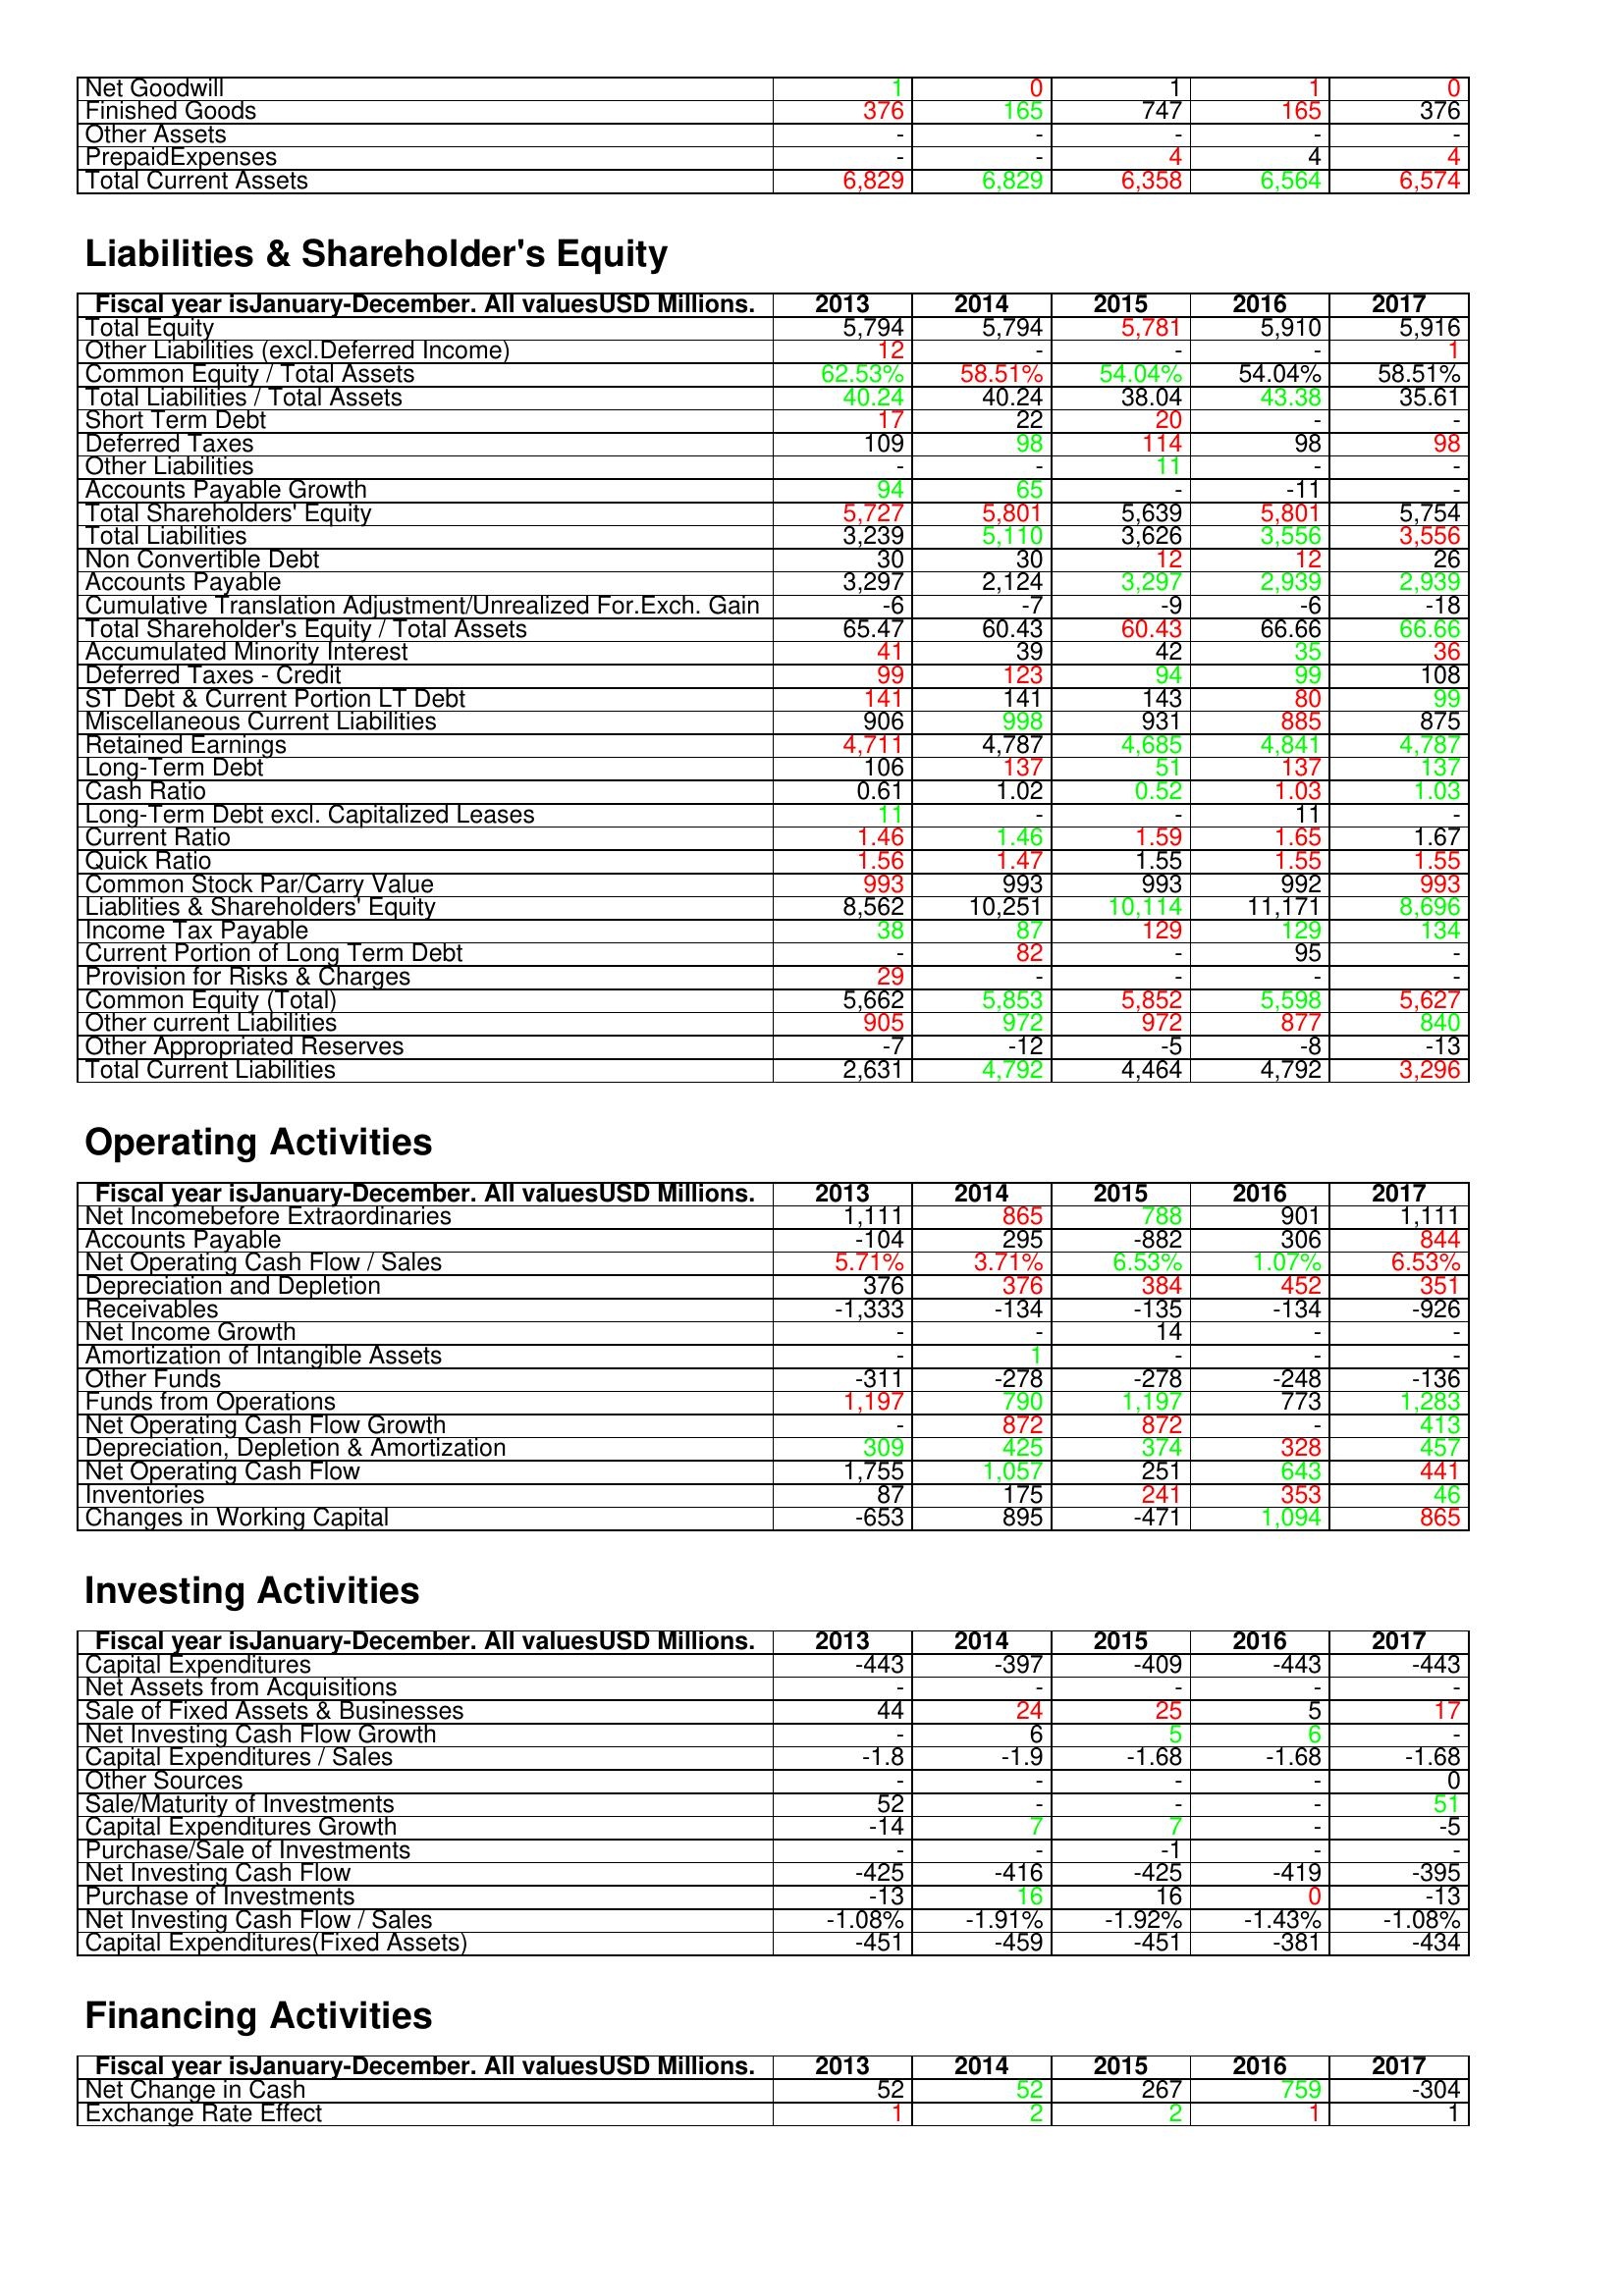
gt_parse: 2013: Assets: Net Goodwill: 1
Finished Goods: 376
Other Assets: -
PrepaidExpenses: -
Total Current Assets: 6,829
Liabilities & Shareholder's Equity: Total Equity: 5,794
Other Liabilities (excl.Deferred Income): 12
Common Equity / Total Assets: 62.53%
Total Liabilities / Total Assets: 40.24
Short Term Debt: 17
Deferred Taxes: 109
Other Liabilities: -
Accounts Payable Growth: 94
Total Shareholders' Equity: 5,727
Total Liabilities: 3,239
Non Convertible Debt: 30
Accounts Payable: 3,297
Cumulative Translation Adjustment/Unrealized For.Exch. Gain: -6
Total Shareholder's Equity / Total Assets: 65.47
Accumulated Minority Interest: 41
Deferred Taxes - Credit: 99
ST Debt & Current Portion LT Debt: 141
Miscellaneous Current Liabilities: 906
Retained Earnings: 4,711
Long-Term Debt: 106
Cash Ratio: 0.61
Long-Term Debt excl. Capitalized Leases: 11
Current Ratio: 1.46
Quick Ratio: 1.56
Common Stock Par/Carry Value: 993
Liablities & Shareholders' Equity: 8,562
Income Tax Payable: 38
Current Portion of Long Term Debt: -
Provision for Risks & Charges: 29
Common Equity (Total): 5,662
Other current Liabilities: 905
Other Appropriated Reserves: -7
Total Current Liabilities: 2,631
Operating Activities: Net Incomebefore Extraordinaries: 1,111
Accounts Payable: -104
Net Operating Cash Flow / Sales: 5.71%
Depreciation and Depletion: 376
Receivables: -1,333
Net Income Growth: -
Amortization of Intangible Assets: -
Other Funds: -311
Funds from Operations: 1,197
Net Operating Cash Flow Growth: -
Depreciation, Depletion & Amortization: 309
Net Operating Cash Flow: 1,755
Inventories: 87
Changes in Working Capital: -653
Investing Activities: Capital Expenditures: -443
Net Assets from Acquisitions: -
Sale of Fixed Assets & Businesses: 44
Net Investing Cash Flow Growth: -
Capital Expenditures / Sales: -1.8
Other Sources: -
Sale/Maturity of Investments: 52
Capital Expenditures Growth: -14
Purchase/Sale of Investments: -
Net Investing Cash Flow: -425
Purchase of Investments: -13
Net Investing Cash Flow / Sales: -1.08%
Capital Expenditures(Fixed Assets): -451
Financing Activities: Net Change in Cash: 52
Exchange Rate Effect: 1
2014: Assets: Net Goodwill: 0
Finished Goods: 165
Other Assets: -
PrepaidExpenses: -
Total Current Assets: 6,829
Liabilities & Shareholder's Equity: Total Equity: 5,794
Other Liabilities (excl.Deferred Income): -
Common Equity / Total Assets: 58.51%
Total Liabilities / Total Assets: 40.24
Short Term Debt: 22
Deferred Taxes: 98
Other Liabilities: -
Accounts Payable Growth: 65
Total Shareholders' Equity: 5,801
Total Liabilities: 5,110
Non Convertible Debt: 30
Accounts Payable: 2,124
Cumulative Translation Adjustment/Unrealized For.Exch. Gain: -7
Total Shareholder's Equity / Total Assets: 60.43
Accumulated Minority Interest: 39
Deferred Taxes - Credit: 123
ST Debt & Current Portion LT Debt: 141
Miscellaneous Current Liabilities: 998
Retained Earnings: 4,787
Long-Term Debt: 137
Cash Ratio: 1.02
Long-Term Debt excl. Capitalized Leases: -
Current Ratio: 1.46
Quick Ratio: 1.47
Common Stock Par/Carry Value: 993
Liablities & Shareholders' Equity: 10,251
Income Tax Payable: 87
Current Portion of Long Term Debt: 82
Provision for Risks & Charges: -
Common Equity (Total): 5,853
Other current Liabilities: 972
Other Appropriated Reserves: -12
Total Current Liabilities: 4,792
Operating Activities: Net Incomebefore Extraordinaries: 865
Accounts Payable: 295
Net Operating Cash Flow / Sales: 3.71%
Depreciation and Depletion: 376
Receivables: -134
Net Income Growth: -
Amortization of Intangible Assets: 1
Other Funds: -278
Funds from Operations: 790
Net Operating Cash Flow Growth: 872
Depreciation, Depletion & Amortization: 425
Net Operating Cash Flow: 1,057
Inventories: 175
Changes in Working Capital: 895
Investing Activities: Capital Expenditures: -397
Net Assets from Acquisitions: -
Sale of Fixed Assets & Businesses: 24
Net Investing Cash Flow Growth: 6
Capital Expenditures / Sales: -1.9
Other Sources: -
Sale/Maturity of Investments: -
Capital Expenditures Growth: 7
Purchase/Sale of Investments: -
Net Investing Cash Flow: -416
Purchase of Investments: 16
Net Investing Cash Flow / Sales: -1.91%
Capital Expenditures(Fixed Assets): -459
Financing Activities: Net Change in Cash: 52
Exchange Rate Effect: 2
2015: Assets: Net Goodwill: 1
Finished Goods: 747
Other Assets: -
PrepaidExpenses: 4
Total Current Assets: 6,358
Liabilities & Shareholder's Equity: Total Equity: 5,781
Other Liabilities (excl.Deferred Income): -
Common Equity / Total Assets: 54.04%
Total Liabilities / Total Assets: 38.04
Short Term Debt: 20
Deferred Taxes: 114
Other Liabilities: 11
Accounts Payable Growth: -
Total Shareholders' Equity: 5,639
Total Liabilities: 3,626
Non Convertible Debt: 12
Accounts Payable: 3,297
Cumulative Translation Adjustment/Unrealized For.Exch. Gain: -9
Total Shareholder's Equity / Total Assets: 60.43
Accumulated Minority Interest: 42
Deferred Taxes - Credit: 94
ST Debt & Current Portion LT Debt: 143
Miscellaneous Current Liabilities: 931
Retained Earnings: 4,685
Long-Term Debt: 51
Cash Ratio: 0.52
Long-Term Debt excl. Capitalized Leases: -
Current Ratio: 1.59
Quick Ratio: 1.55
Common Stock Par/Carry Value: 993
Liablities & Shareholders' Equity: 10,114
Income Tax Payable: 129
Current Portion of Long Term Debt: -
Provision for Risks & Charges: -
Common Equity (Total): 5,852
Other current Liabilities: 972
Other Appropriated Reserves: -5
Total Current Liabilities: 4,464
Operating Activities: Net Incomebefore Extraordinaries: 788
Accounts Payable: -882
Net Operating Cash Flow / Sales: 6.53%
Depreciation and Depletion: 384
Receivables: -135
Net Income Growth: 14
Amortization of Intangible Assets: -
Other Funds: -278
Funds from Operations: 1,197
Net Operating Cash Flow Growth: 872
Depreciation, Depletion & Amortization: 374
Net Operating Cash Flow: 251
Inventories: 241
Changes in Working Capital: -471
Investing Activities: Capital Expenditures: -409
Net Assets from Acquisitions: -
Sale of Fixed Assets & Businesses: 25
Net Investing Cash Flow Growth: 5
Capital Expenditures / Sales: -1.68
Other Sources: -
Sale/Maturity of Investments: -
Capital Expenditures Growth: 7
Purchase/Sale of Investments: -1
Net Investing Cash Flow: -425
Purchase of Investments: 16
Net Investing Cash Flow / Sales: -1.92%
Capital Expenditures(Fixed Assets): -451
Financing Activities: Net Change in Cash: 267
Exchange Rate Effect: 2
2016: Assets: Net Goodwill: 1
Finished Goods: 165
Other Assets: -
PrepaidExpenses: 4
Total Current Assets: 6,564
Liabilities & Shareholder's Equity: Total Equity: 5,910
Other Liabilities (excl.Deferred Income): -
Common Equity / Total Assets: 54.04%
Total Liabilities / Total Assets: 43.38
Short Term Debt: -
Deferred Taxes: 98
Other Liabilities: -
Accounts Payable Growth: -11
Total Shareholders' Equity: 5,801
Total Liabilities: 3,556
Non Convertible Debt: 12
Accounts Payable: 2,939
Cumulative Translation Adjustment/Unrealized For.Exch. Gain: -6
Total Shareholder's Equity / Total Assets: 66.66
Accumulated Minority Interest: 35
Deferred Taxes - Credit: 99
ST Debt & Current Portion LT Debt: 80
Miscellaneous Current Liabilities: 885
Retained Earnings: 4,841
Long-Term Debt: 137
Cash Ratio: 1.03
Long-Term Debt excl. Capitalized Leases: 11
Current Ratio: 1.65
Quick Ratio: 1.55
Common Stock Par/Carry Value: 992
Liablities & Shareholders' Equity: 11,171
Income Tax Payable: 129
Current Portion of Long Term Debt: 95
Provision for Risks & Charges: -
Common Equity (Total): 5,598
Other current Liabilities: 877
Other Appropriated Reserves: -8
Total Current Liabilities: 4,792
Operating Activities: Net Incomebefore Extraordinaries: 901
Accounts Payable: 306
Net Operating Cash Flow / Sales: 1.07%
Depreciation and Depletion: 452
Receivables: -134
Net Income Growth: -
Amortization of Intangible Assets: -
Other Funds: -248
Funds from Operations: 773
Net Operating Cash Flow Growth: -
Depreciation, Depletion & Amortization: 328
Net Operating Cash Flow: 643
Inventories: 353
Changes in Working Capital: 1,094
Investing Activities: Capital Expenditures: -443
Net Assets from Acquisitions: -
Sale of Fixed Assets & Businesses: 5
Net Investing Cash Flow Growth: 6
Capital Expenditures / Sales: -1.68
Other Sources: -
Sale/Maturity of Investments: -
Capital Expenditures Growth: -
Purchase/Sale of Investments: -
Net Investing Cash Flow: -419
Purchase of Investments: 0
Net Investing Cash Flow / Sales: -1.43%
Capital Expenditures(Fixed Assets): -381
Financing Activities: Net Change in Cash: 759
Exchange Rate Effect: 1
2017: Assets: Net Goodwill: 0
Finished Goods: 376
Other Assets: -
PrepaidExpenses: 4
Total Current Assets: 6,574
Liabilities & Shareholder's Equity: Total Equity: 5,916
Other Liabilities (excl.Deferred Income): 1
Common Equity / Total Assets: 58.51%
Total Liabilities / Total Assets: 35.61
Short Term Debt: -
Deferred Taxes: 98
Other Liabilities: -
Accounts Payable Growth: -
Total Shareholders' Equity: 5,754
Total Liabilities: 3,556
Non Convertible Debt: 26
Accounts Payable: 2,939
Cumulative Translation Adjustment/Unrealized For.Exch. Gain: -18
Total Shareholder's Equity / Total Assets: 66.66
Accumulated Minority Interest: 36
Deferred Taxes - Credit: 108
ST Debt & Current Portion LT Debt: 99
Miscellaneous Current Liabilities: 875
Retained Earnings: 4,787
Long-Term Debt: 137
Cash Ratio: 1.03
Long-Term Debt excl. Capitalized Leases: -
Current Ratio: 1.67
Quick Ratio: 1.55
Common Stock Par/Carry Value: 993
Liablities & Shareholders' Equity: 8,696
Income Tax Payable: 134
Current Portion of Long Term Debt: -
Provision for Risks & Charges: -
Common Equity (Total): 5,627
Other current Liabilities: 840
Other Appropriated Reserves: -13
Total Current Liabilities: 3,296
Operating Activities: Net Incomebefore Extraordinaries: 1,111
Accounts Payable: 844
Net Operating Cash Flow / Sales: 6.53%
Depreciation and Depletion: 351
Receivables: -926
Net Income Growth: -
Amortization of Intangible Assets: -
Other Funds: -136
Funds from Operations: 1,283
Net Operating Cash Flow Growth: 413
Depreciation, Depletion & Amortization: 457
Net Operating Cash Flow: 441
Inventories: 46
Changes in Working Capital: 865
Investing Activities: Capital Expenditures: -443
Net Assets from Acquisitions: -
Sale of Fixed Assets & Businesses: 17
Net Investing Cash Flow Growth: -
Capital Expenditures / Sales: -1.68
Other Sources: 0
Sale/Maturity of Investments: 51
Capital Expenditures Growth: -5
Purchase/Sale of Investments: -
Net Investing Cash Flow: -395
Purchase of Investments: -13
Net Investing Cash Flow / Sales: -1.08%
Capital Expenditures(Fixed Assets): -434
Financing Activities: Net Change in Cash: -304
Exchange Rate Effect: 1